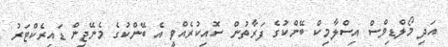
އަދި މޯލްޑިވްސް އިސްލާމިކް ބޭންކުގެ ފަރާތުން ސޮއިކުރެއްވީ އެ ބޭންކުގެ މެނޭޖިން ޑައިރެކްޓަރު